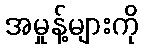
အမှုန့်များကို